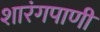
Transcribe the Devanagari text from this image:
शारंगपाणी